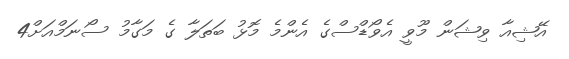
އޭޝިއާ ވިޝަން މޫވީ އެވޯޑްސްގެ އެންމެ މޮޅު ބަތަލާ ގެ މަގާމު ސޯނަމްއަށް4